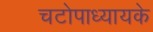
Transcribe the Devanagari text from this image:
चटोपाध्यायके